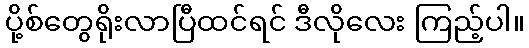
ပို့စ်တွေရိုးလာပြီထင်ရင် ဒီလိုလေး ကြည့်ပါ။